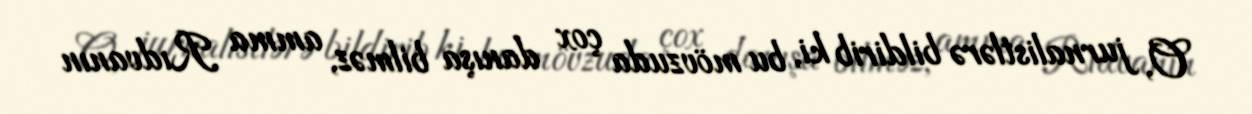
O, jurnalistlərə bildirib ki, bu mövzuda çox danışa bilməz, amma Rıdvanın